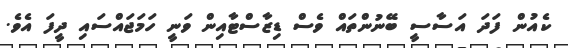
ކެއުން ފަދަ އަސާސީ ބޭނުންތައް ވެސް ޑިޒާސްޓާއިން ވަނީ ހަމަޖައްސައި ދީފަ އެވެ.